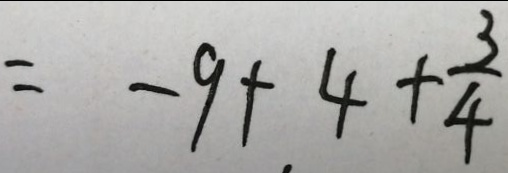
= - 9 + 4 + \frac { 3 } { 4 }